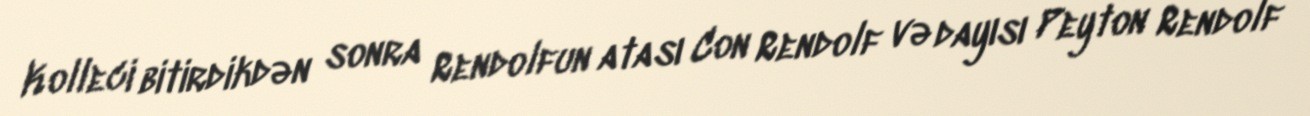
Kolleci bitirdikdən sonra Rendolfun atası Con Rendolf və dayısı Peyton Rendolf